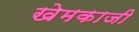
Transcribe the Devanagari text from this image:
खेमकाजी